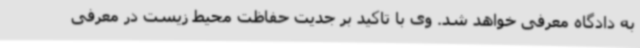
به دادگاه معرفی خواهد شد. وی با تاکید بر جدیت حفاظت محیط زیست در معرفی